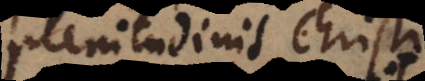
plenitudinis Christi.